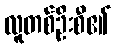
လူတစ်ဦးစီ၏